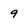
Character: 9